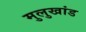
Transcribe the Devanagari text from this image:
मुलुखांड